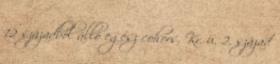
12 századból álló egész cohors. Kr. u. 2. század